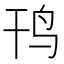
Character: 𱉊